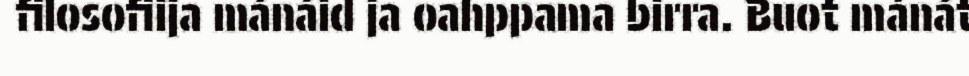
filosofiija mánáid ja oahppama birra. Buot mánát